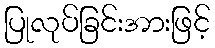
ပြုလုပ်ခြင်းအားဖြင့်